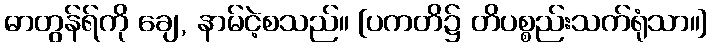
ဓာတွန်ရ်ကို ချေ, နာမ်ငဲ့စသည်။ [ပကတိ၌ တိပစ္စည်းသက်ရုံသာ။]